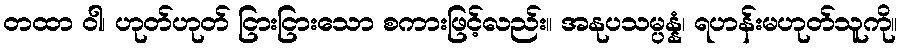
တထာ ဝါ၊ ဟုတ်ဟုတ် ငြားငြားသော စကားဖြင့်လည်း။ အနုပသမ္ပန္နံ၊ ရဟန်းမဟုတ်သူကို။